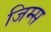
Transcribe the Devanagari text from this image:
जिम्स